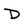
Character: D